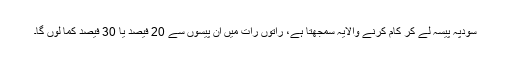
سودپہ پیسہ لے کر کام کرنے والایہ سمجھتا ہے، راتوں رات میں ان پیسوں سے 20 فیصد یا 30 فیصد کما لوں گا۔